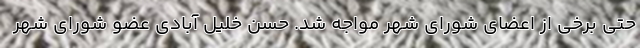
حتی برخی از اعضای شورای شهر مواجه شد. حسن خلیل آبادی عضو شورای شهر